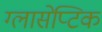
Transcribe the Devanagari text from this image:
ग्लासेप्टिक